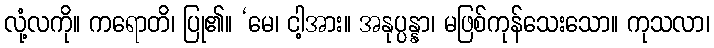
လုံ့လကို။ ကရောတိ၊ ပြု၏။ ‘မေ၊ ငါ့အား။ အနုပ္ပန္နာ၊ မဖြစ်ကုန်သေးသော။ ကုသလာ၊